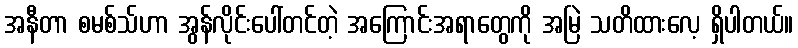
အနီတာ စမစ်သ်ဟာ အွန်လိုင်းပေါ်တင်တဲ့ အကြောင်းအရာတွေကို အမြဲ သတိထားလေ့ ရှိပါတယ်။